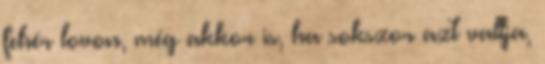
fehér lovon, még akkor is, ha sokszor azt vallja,